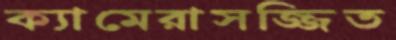
ক্যামেরাসজ্জিত